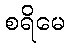
စရိမေ